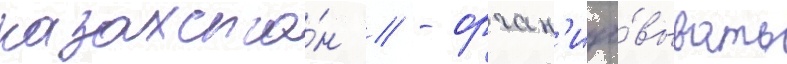
казахста́н // - орган'изо́вывать